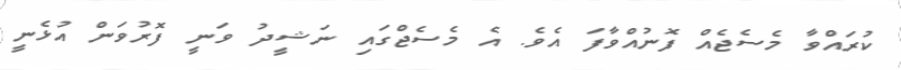
ކުރައްވާ މެސެޖެއް ފޮނުއްވާފަ އެވެ. އެ މެސެޖްގައި ނަޝީދު ވަނީ ފޮރުވަން އުޅެނީ